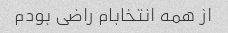
از همه انتخابام راضی بودم